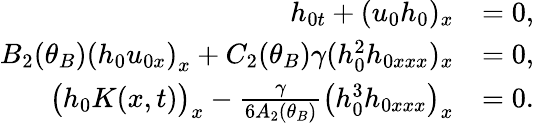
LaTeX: \begin{array}{rl}{h_{0t}+(u_{0}h_{0})_{x}}&{=0,}\\ {B_{2}(\theta_{B})\left(h_{0}u_{0x}\right)_{x}+C_{2}(\theta_{B})\gamma(h_{0}^{2}h_{0xxx})_{x}}&{=0,}\\ {\big(h_{0}K(x,t)\big)_{x}-\frac{\gamma}{6A_{2}(\theta_{B})}\big(h_{0}^{3}h_{0xxx}\big)_{x}}&{=0.}\end{array}